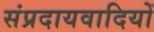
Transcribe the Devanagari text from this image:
संप्रदायवादियों